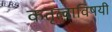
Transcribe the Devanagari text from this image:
कतृत्वाविषयी